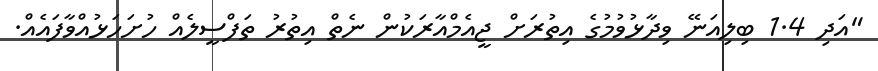
"އަދި 1.4 ބިލިއަނޭ ވިދާޅުވުމުގެ އިތުރަށް ޖީއެމްއާރަކުން ނެތް އިތުރު ތަފްސީލެއް ހުށަހަޅުއްވާފައެއް.